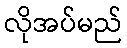
လိုအပ်မည်